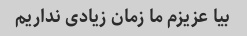
بیا عزیزم ما زمان زیادی نداریم